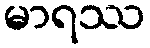
မာရဿ